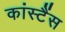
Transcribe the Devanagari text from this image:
कांस्टैंस